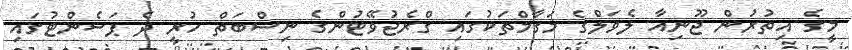
މީގެ އިތުރުން ޖޫނިއާ ލެވަލްގެ މަގާމްތަކުގައި ގްރެޖުވޭޓުންގެ ނިސްބަތް ހުރީ ދެ ޕަސެންޓުގައި